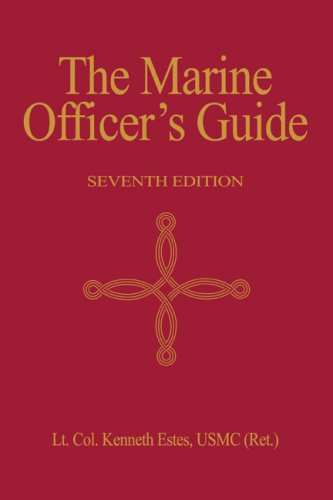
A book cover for Marine Officer's Guide, 7th Edition; Engineering & Transportation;